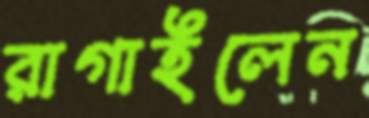
রাগাইলেন